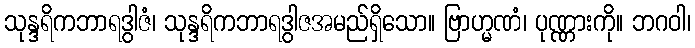
သုန္ဒရိကဘာရဒွါဇံ၊ သုန္ဒရိကဘာရဒွါဇအမည်ရှိသော။ ဗြာဟ္မဏံ၊ ပုဏ္ဏားကို။ ဘဂဝါ၊